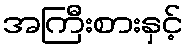
အကြီးစားနှင့်